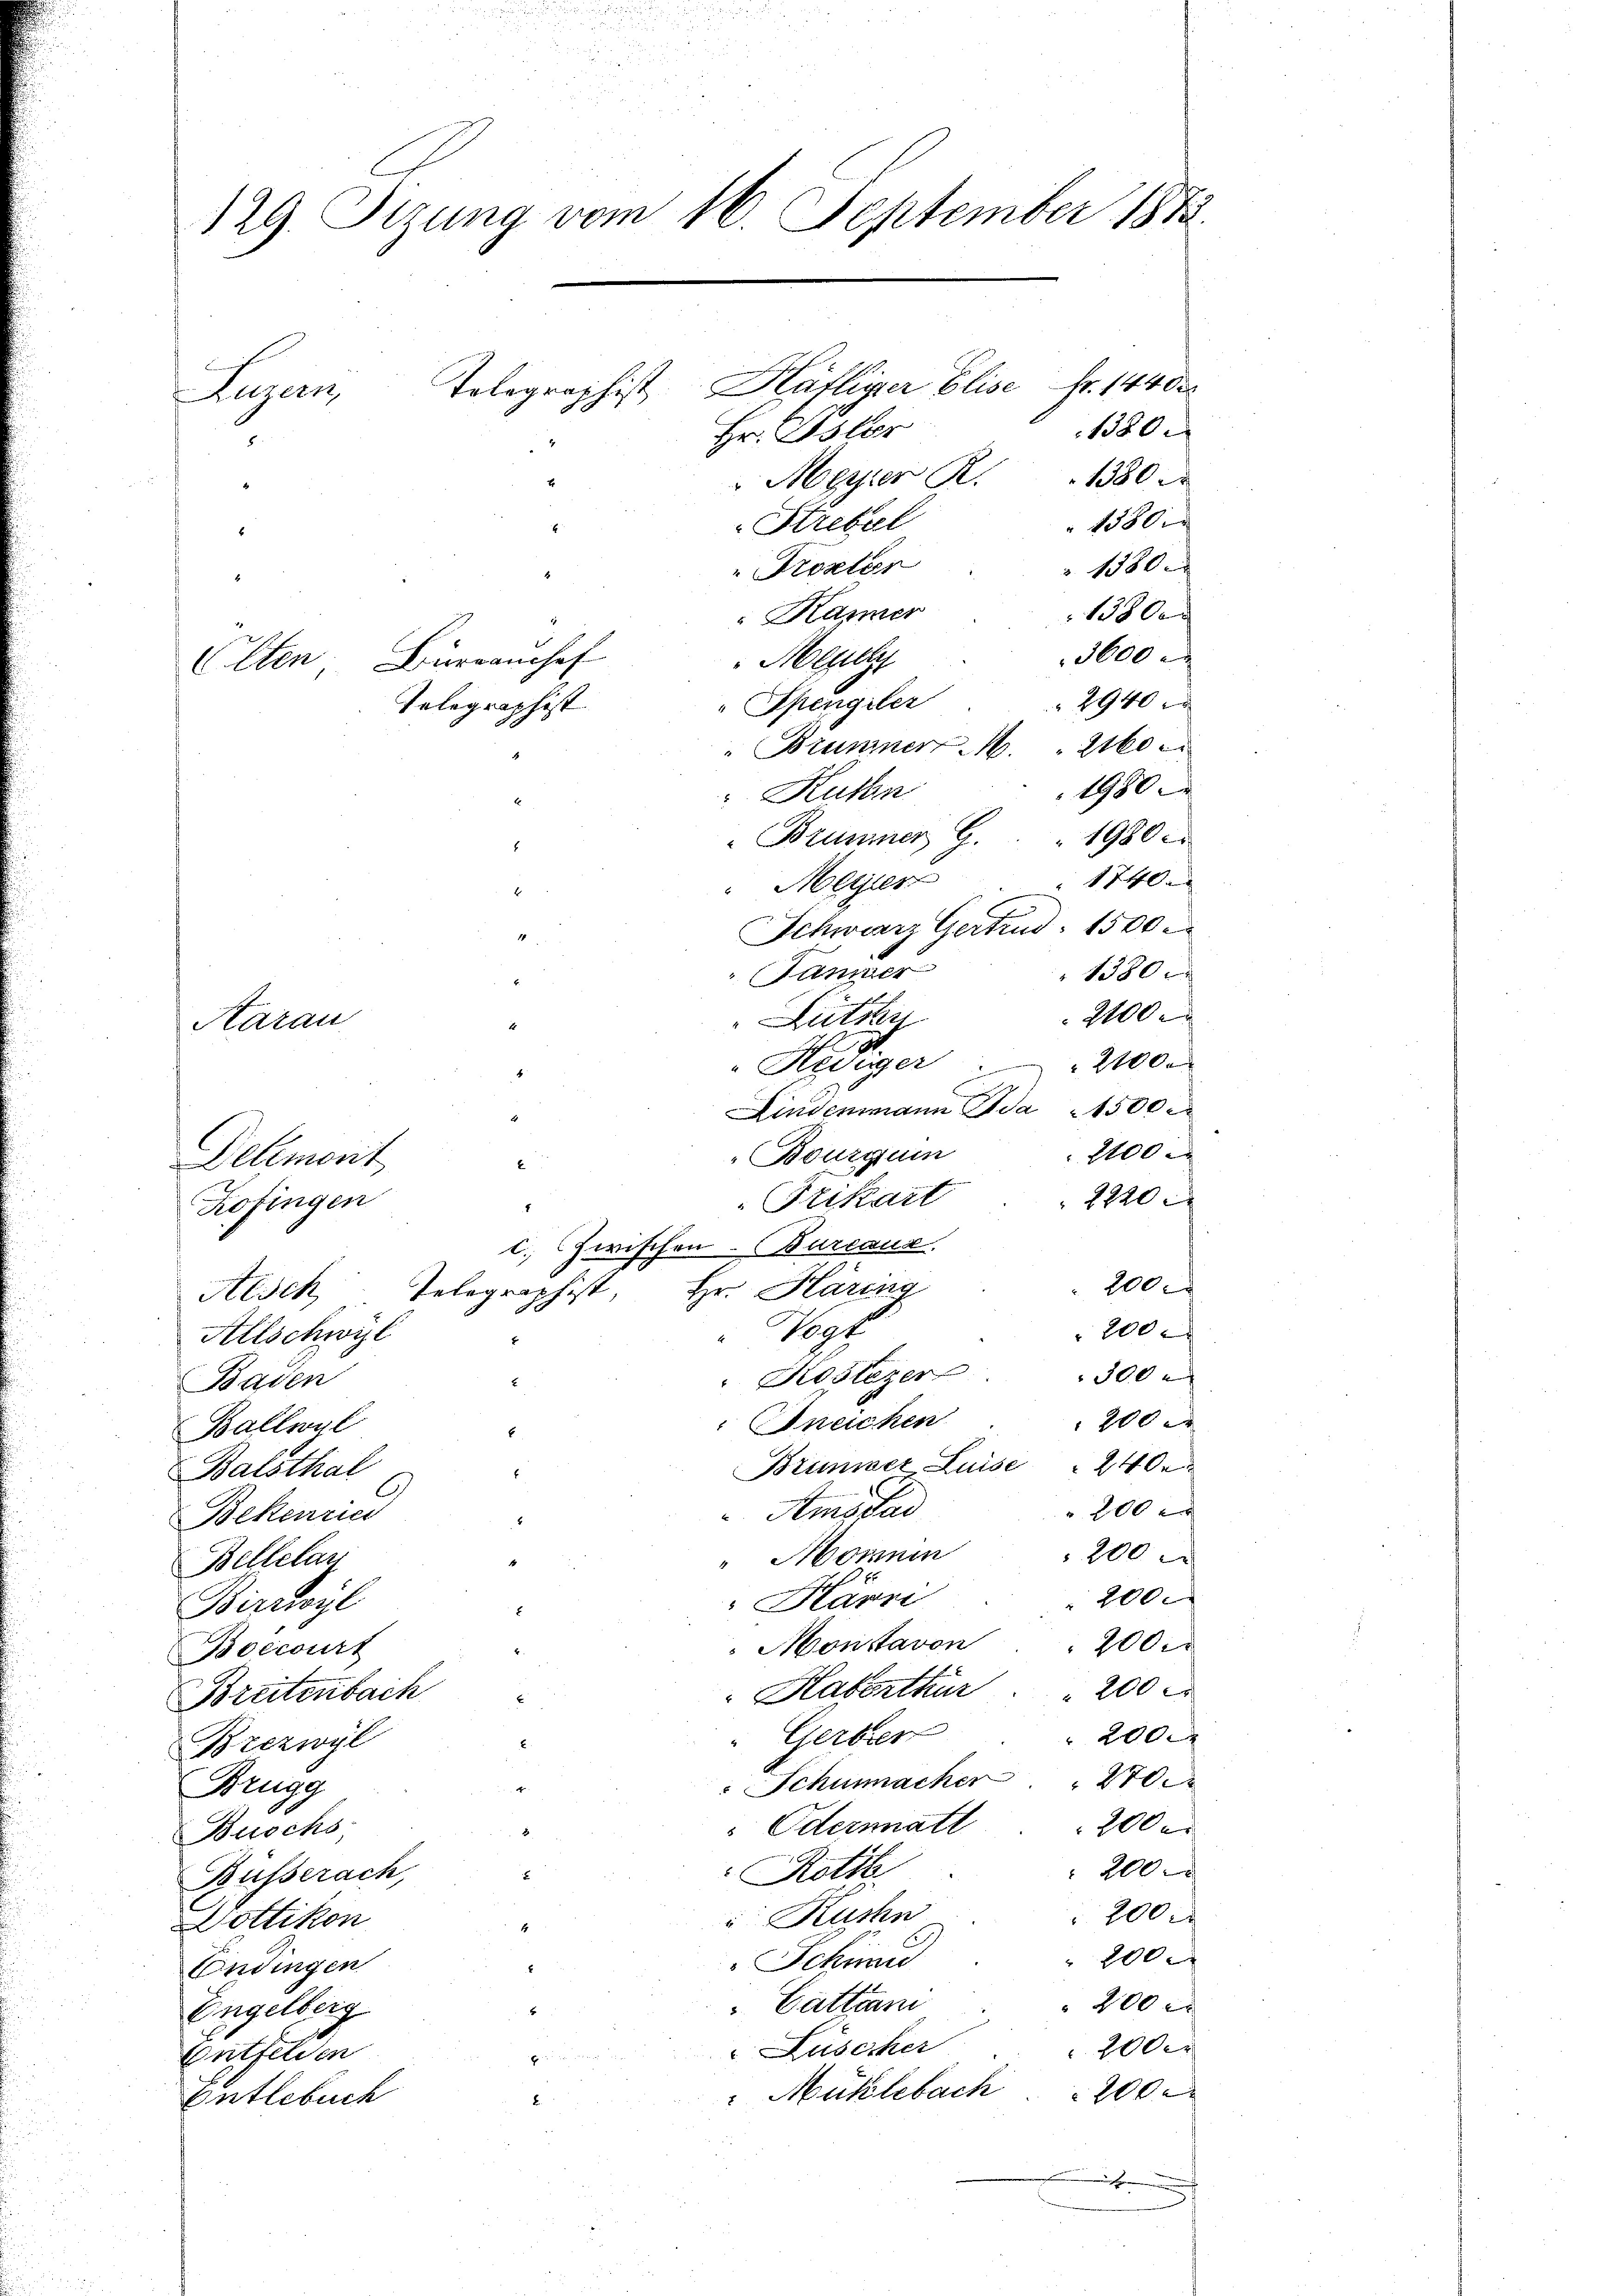
r
 25
129. Sizung vom 16. September 1812.
Luzern, Tolegraphist, Häfliger Elise Nr. 1440
180
Hr. Oster
 Meyer K. 1380

1380.
Strebel
1380 x
" Trosten
1380
Känner
3600
Meye
2940
Spengiler
" Brunnert. 2160
1980
Ruthn
"Brunner G. 1980
1740.
Meyer
Schwarz Gertrun 1500.
anmer
1380
2100 r
Lutter
" Hediger 2000
e
Kindenmann da 1500 x
2100
Bourqui
2220
Frikart
200x
Topf
200
300
Roslezer
Baden
200 x
Ineichen
Ballwyl
Brunner Luise 240.
Balsthal
200 x
Amstad
Bekenries
200
Honnen
Bellelan
200.
Härn
Birchyl
200
Monstavon
Boccourt
Haberthur   "  200 r
Breitenbach
 2000
Gerbren
Brezwyl
" Schumacher  "
Brugg
 Odermatl
200 er
Buschs,
200
Rotte
Büsserach,
200 r
Küche
Dottikon
200
Schinu
Endingen
200 r
 Gattiam
Engelberg
2000
Lüscher
Entfelden
Mühlebach 200
Entlebuch

Olten Büreanchef
Telegraphist

8
A
Aarau
Delémont
Kofingen
c. zwischen Barcaus
Telegraphist, Hr. Häring
Alsch
Allschwyl

.